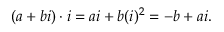
( a + b i ) \cdot i = a i + b ( i ) ^ { 2 } = - b + a i .